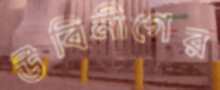
উবিনীগের